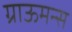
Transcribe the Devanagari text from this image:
ग्राऊमन्स